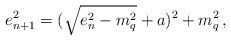
LaTeX: \begin{align*}e_{n+1}^2 = ( \sqrt{e_{n}^2 -m_q^2} + a )^2 + m_q^2 \, , \end{align*}